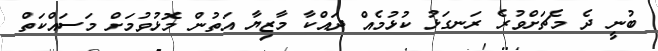
ބުނީ ދެ މެޗަށްވުރެ ރަނގަޅު ކުޅުމެއް ދައްކާ މާޒިޔާ އަތުން މޮޅުވުމަށް މަސައްކަތް